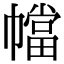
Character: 𫷑